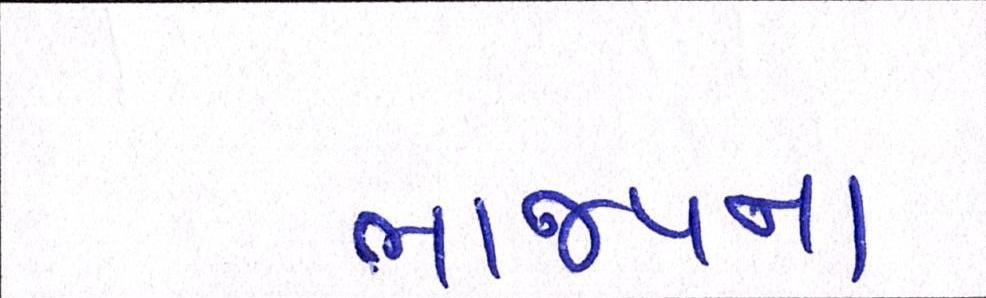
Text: ભાજપના